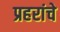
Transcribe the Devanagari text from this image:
प्रहरांचे